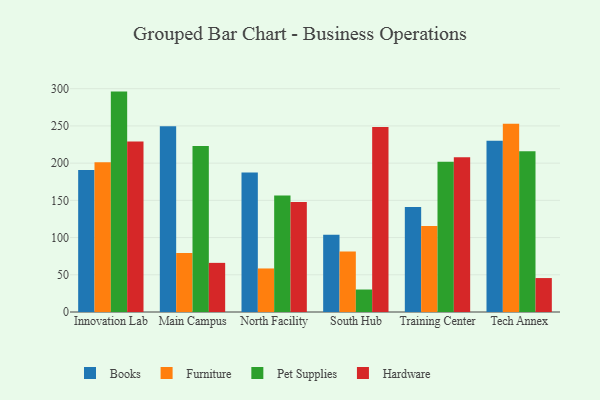
{"axis": {"x": "Campus", "y": "Page Views"}, "legend": ["Books", "Furniture", "Hardware", "Pet Supplies"], "data": [{"x": "Innovation Lab", "y": 190.7, "type": "Books"}, {"x": "Innovation Lab", "y": 201.1, "type": "Furniture"}, {"x": "Innovation Lab", "y": 296.1, "type": "Pet Supplies"}, {"x": "Innovation Lab", "y": 229.2, "type": "Hardware"}, {"x": "Main Campus", "y": 249.4, "type": "Books"}, {"x": "Main Campus", "y": 79.3, "type": "Furniture"}, {"x": "Main Campus", "y": 223.0, "type": "Pet Supplies"}, {"x": "Main Campus", "y": 66.0, "type": "Hardware"}, {"x": "North Facility", "y": 187.3, "type": "Books"}, {"x": "North Facility", "y": 58.5, "type": "Furniture"}, {"x": "North Facility", "y": 156.5, "type": "Pet Supplies"}, {"x": "North Facility", "y": 147.9, "type": "Hardware"}, {"x": "South Hub", "y": 103.8, "type": "Books"}, {"x": "South Hub", "y": 81.3, "type": "Furniture"}, {"x": "South Hub", "y": 30.2, "type": "Pet Supplies"}, {"x": "South Hub", "y": 248.4, "type": "Hardware"}, {"x": "Training Center", "y": 140.9, "type": "Books"}, {"x": "Training Center", "y": 115.7, "type": "Furniture"}, {"x": "Training Center", "y": 201.7, "type": "Pet Supplies"}, {"x": "Training Center", "y": 207.8, "type": "Hardware"}, {"x": "Tech Annex", "y": 230.2, "type": "Books"}, {"x": "Tech Annex", "y": 252.8, "type": "Furniture"}, {"x": "Tech Annex", "y": 215.8, "type": "Pet Supplies"}, {"x": "Tech Annex", "y": 45.6, "type": "Hardware"}]}